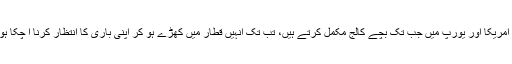
شمالی امریکا اور یورپ میں جب تک بچے کالج مکمل کرتے ہیں، تب تک انہیں قطار میں کھڑے ہو کر اپنی باری کا انتظار کرنا آ چکا ہوتا ہے۔